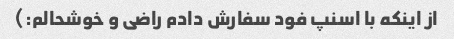
از اینکه با اسنپ فود سفارش دادم راضی و خوشحالم:)